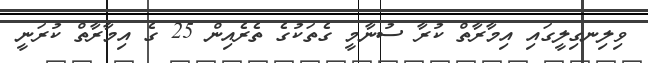
ވިލިނގިލީގައި އިމާރާތް ކުރާ ސުނާމީ ގެތަކުގެ ތެރެއިން 25 ގެ އިމާރާތް ކުރަނީ